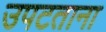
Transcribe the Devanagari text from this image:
उपटताना